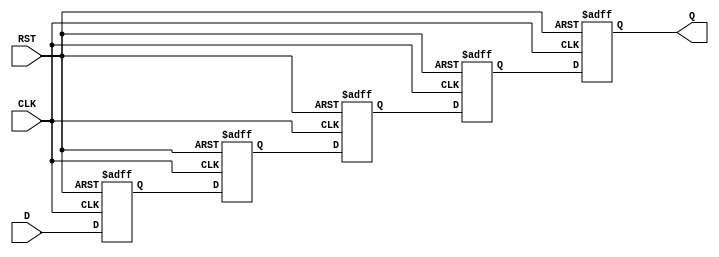
module PipelineBuffer #(
    parameter DEPTH = 4,       // Number of stages in the pipeline
    parameter DATA_WIDTH = 8   // Width of the data bus
)(
    input  wire [DATA_WIDTH-1:0] D,   // Data input
    input  wire CLK,                   // Clock signal
    input  wire RST,                   // Asynchronous reset
    output reg  [DATA_WIDTH-1:0] Q     // Data output
);

    // Internal registers for the pipeline stages
    reg [DATA_WIDTH-1:0] buffer [0:DEPTH-1];

    integer i;

    // Asynchronous reset and clocking logic
    always @(posedge CLK or posedge RST) begin
        if (RST) begin
            // Clear all pipeline stages on reset
            for (i = 0; i < DEPTH; i = i + 1) begin
                buffer[i] <= 0;
            end
            Q <= 0;  // Clear output
        end else begin
            // Shift data through the pipeline
            buffer[0] <= D;  // First stage captures input data
            for (i = 1; i < DEPTH; i = i + 1) begin
                buffer[i] <= buffer[i-1];  // Shift data to the next stage
            end
            Q <= buffer[DEPTH-1];  // Output the last stage
        end
    end

endmodule